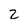
Character: 2